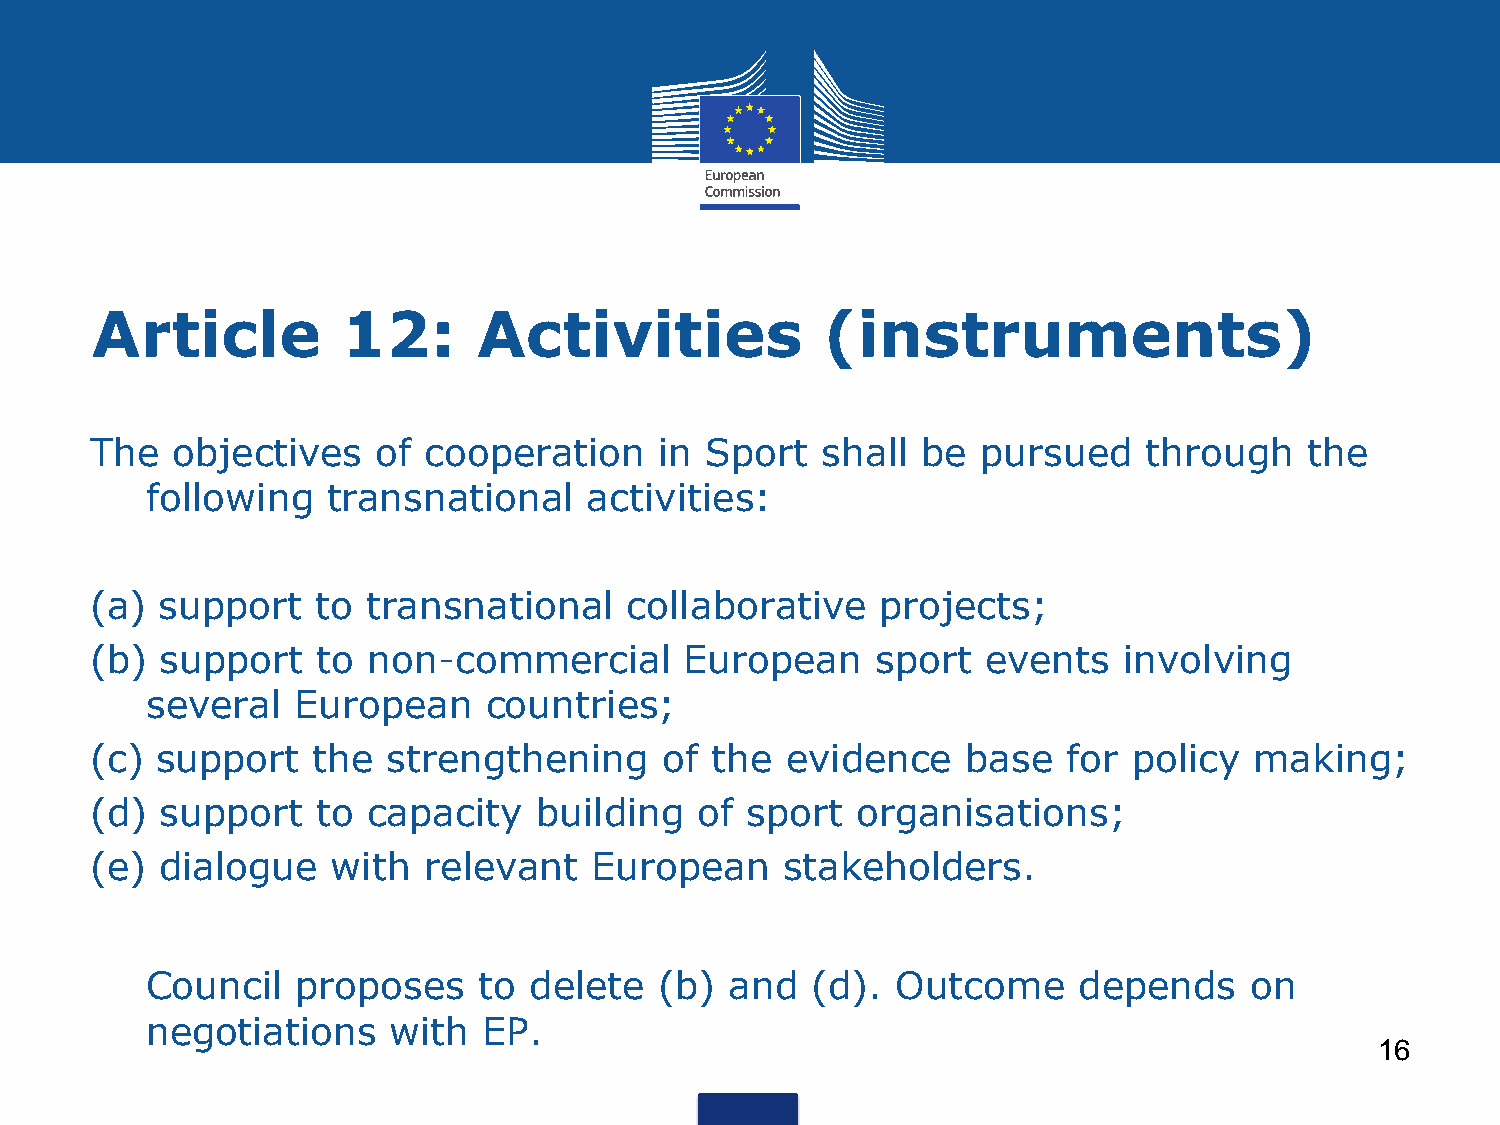
Article          12:      Activities             (instruments)
 The  objectives    of cooperation     in Sport  shall  be  pursued    through    the
 following   transnational    activities:
 (a)  support   to transnational     collaborative   projects;
 (b)  support   to non-commercial       European     sport  events   involving
 several  European     countries;
 (c) support    the  strengthening     of the  evidence    base   for policy  making;
 (d)  support   to capacity   building   of sport   organisations;
 (e)  dialogue   with  relevant   European     stakeholders.
 Council   proposes    to delete   (b) and   (d). Outcome     depends     on
 negotiations    with  EP.
 16